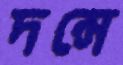
দন্সে